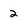
Character: 2